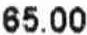
65.00